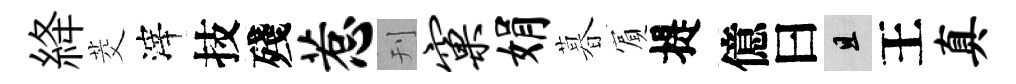
絳茭滓技殘惹刊窠娟暮賔提億曰且王真